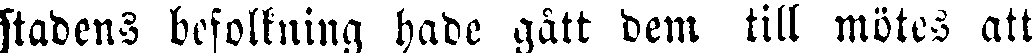
stadens befolkning hade gått dem till mötes att